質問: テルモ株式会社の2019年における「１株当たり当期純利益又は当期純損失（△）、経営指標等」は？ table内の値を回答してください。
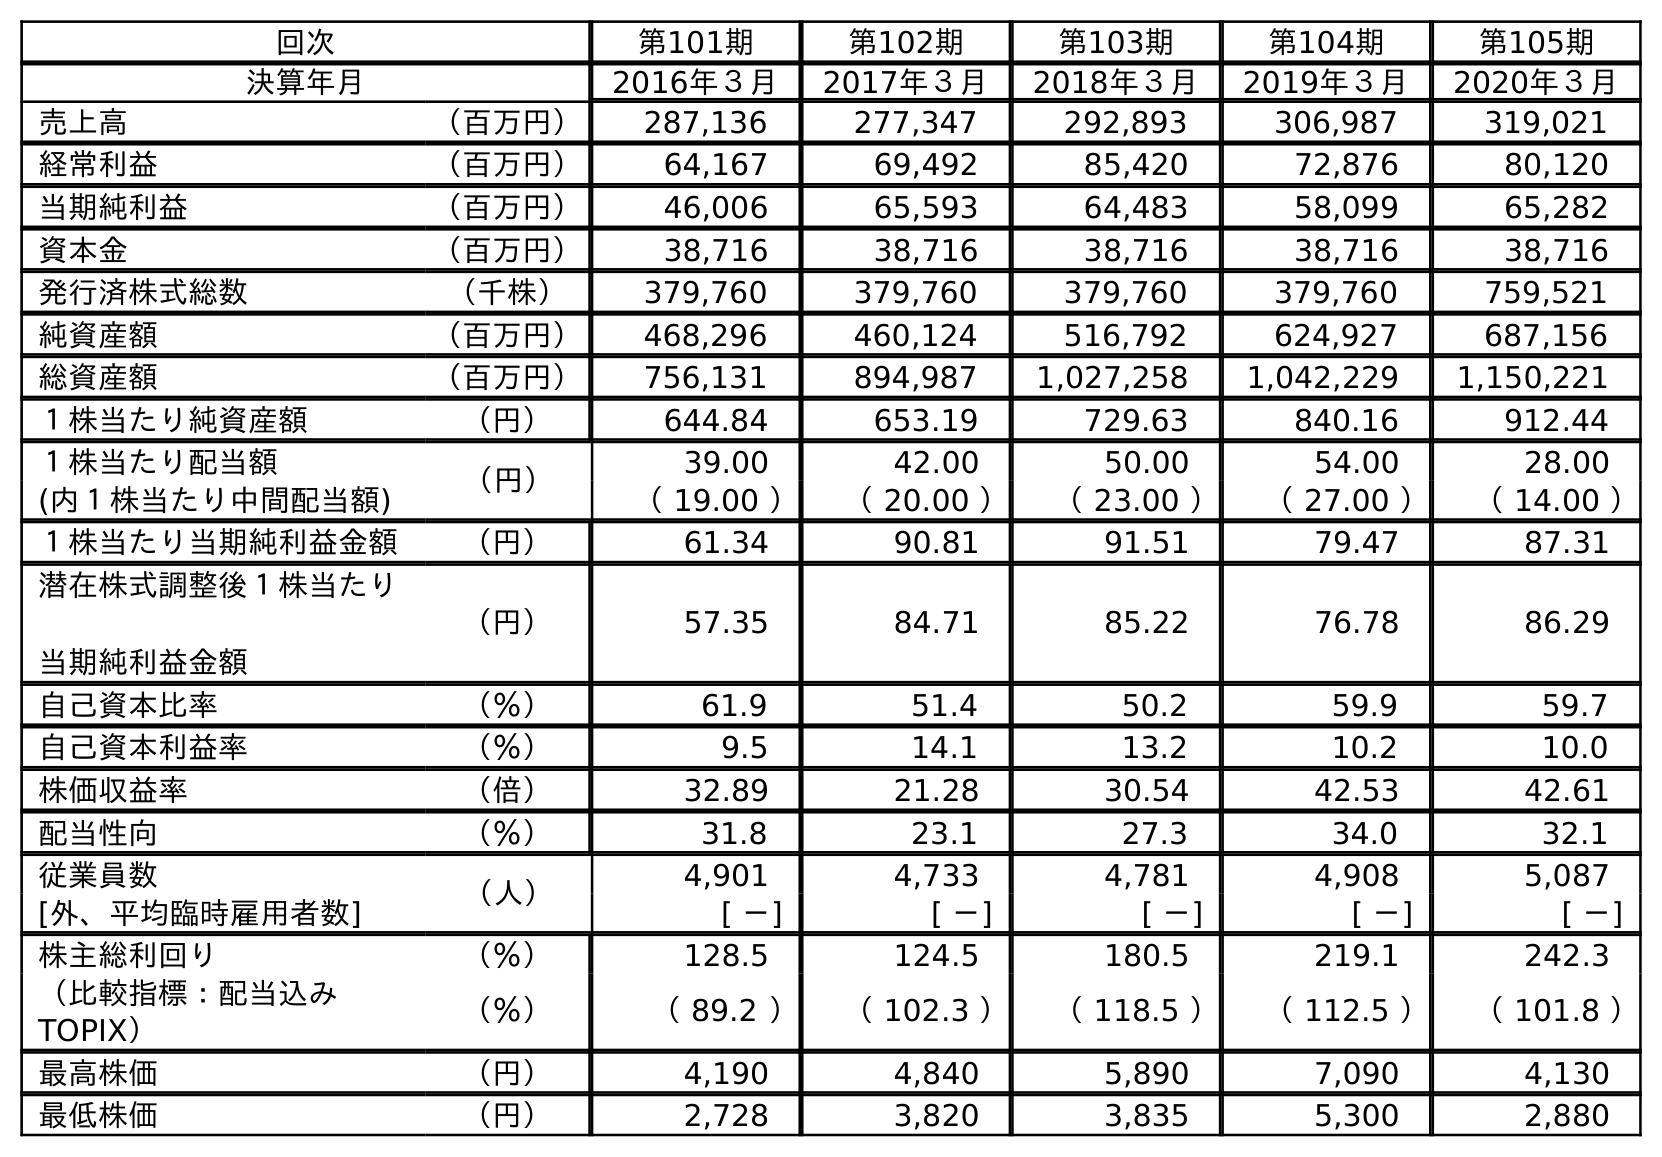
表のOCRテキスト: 回次 第101期 第102期 第103期 第104期 第105期 決算年月 2016年３月 2017年３月 2018年３月 2019年３月 2020年３月 売上高 （百万円） 287,136 277,347 292,893 306,987 319,021 経常利益 （百万円） 64,167 69,492 85,420 72,876 80,120 当期純利益 （百万円） 46,006 65,593 64,483 58,099 65,282 資本金 （百万円） 38,716 38,716 38,716 38,716 38,716 発行済株式総数 （千株） 379,760 379,760 379,760 379,760 759,521 純資産額 （百万円） 468,296 460,124 516,792 624,927 687,156 総資産額 （百万円） 756,131 894,987 1,027,258 1,042,229 1,150,221 １株当たり純資産額 （円） 644.84 653.19 729.63 840.16 912.44 １株当たり配当額 （円） 39.00 42.00 50.00 54.00 28.00 (内１株当たり中間配当額) （ 19.00 ） （ 20.00 ） （ 23.00 ） （ 27.00 ） （ 14.00 ） １株当たり当期純利益金額 （円） 61.34 90.81 91.51 79.47 87.31 潜在株式調整後１株当たり 当期純利益金額 （円） 57.35 84.71 85.22 76.78 86.29 自己資本比率 （％） 61.9 51.4 50.2 59.9 59.7 自己資本利益率 （％） 9.5 14.1 13.2 10.2 10.0 株価収益率 （倍） 32.89 21.28 30.54 42.53 42.61 配当性向 （％） 31.8 23.1 27.3 34.0 32.1 従業員数 （人） 4,901 4,733 4,781 4,908 5,087 [外、平均臨時雇用者数] [ －] [ －] [ －] [ －] [ －] 株主総利回り （％） 128.5 124.5 180.5 219.1 242.3 （比較指標：配当込み TOPIX） （％） （ 89.2 ） （ 102.3 ） （ 118.5 ） （ 112.5 ） （ 101.8 ） 最高株価 （円） 4,190 4,840 5,890 7,090 4,130 最低株価 （円） 2,728 3,820 3,835 5,300 2,880
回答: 79.47